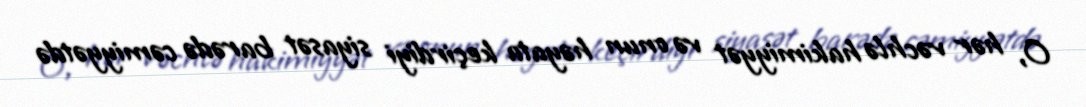
O, hər vəchlə hakimiyyət və onun həyata keçirdiyi siyasət barədə cəmiyyətdə